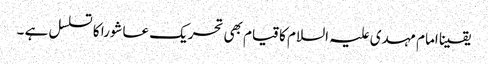
یقینا امام مہدی علیہ السلام کا قیام بھی تحریک عاشورا کا تسلسل ہے ۔